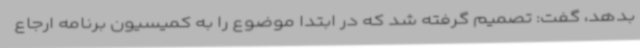
بدهد، گفت: تصمیم گرفته شد که در ابتدا موضوع را به کمیسیون برنامه ارجاع